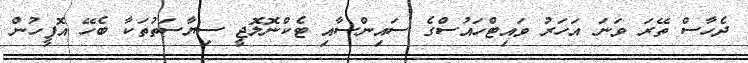
ދެހާސް ތޭރަ ވަނަ އަހަރު ވައިޓްހައުސްގެ ސައިންސާއި ޓެކްނޮލޮޖީ ސިޔާސަތުތަކާ ބެހޭ އޮފީހުން